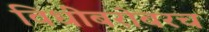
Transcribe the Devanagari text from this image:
विधींबरोबरच